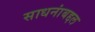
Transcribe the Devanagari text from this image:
साधनांबद्दल